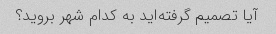
آیا تصمیم گرفته‌اید به کدام شهر بروید؟